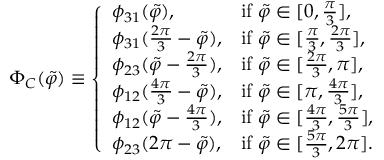
\Phi _ { C } ( \Tilde { \varphi } ) \equiv \left\{ \begin{array} { l l } { \phi _ { 3 1 } ( \Tilde { \varphi } ) , } & { \mathrm { i f ~ } \Tilde { \varphi } \in [ 0 , \frac { \pi } { 3 } ] , } \\ { \phi _ { 3 1 } ( \frac { 2 \pi } { 3 } - \Tilde { \varphi } ) , } & { \mathrm { i f ~ } \Tilde { \varphi } \in [ \frac { \pi } { 3 } , \frac { 2 \pi } { 3 } ] , } \\ { \phi _ { 2 3 } ( \Tilde { \varphi } - \frac { 2 \pi } { 3 } ) , } & { \mathrm { i f ~ } \Tilde { \varphi } \in [ \frac { 2 \pi } { 3 } , \pi ] , } \\ { \phi _ { 1 2 } ( \frac { 4 \pi } { 3 } - \Tilde { \varphi } ) , } & { \mathrm { i f ~ } \Tilde { \varphi } \in [ \pi , \frac { 4 \pi } { 3 } ] , } \\ { \phi _ { 1 2 } ( \Tilde { \varphi } - \frac { 4 \pi } { 3 } ) , } & { \mathrm { i f ~ } \Tilde { \varphi } \in [ \frac { 4 \pi } { 3 } , \frac { 5 \pi } { 3 } ] , } \\ { \phi _ { 2 3 } ( 2 \pi - \Tilde { \varphi } ) , } & { \mathrm { i f ~ } \Tilde { \varphi } \in [ \frac { 5 \pi } { 3 } , 2 \pi ] . } \end{array} \right.